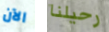
الآن رحيلنا